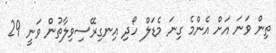
ތިން ވަނަ އަށް އެންމެ ގިނަ މެޑަލް ހޯދި އިނގިރޭސިވިލާތުން ވަނީ 29